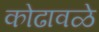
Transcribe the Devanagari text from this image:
कोढावळे